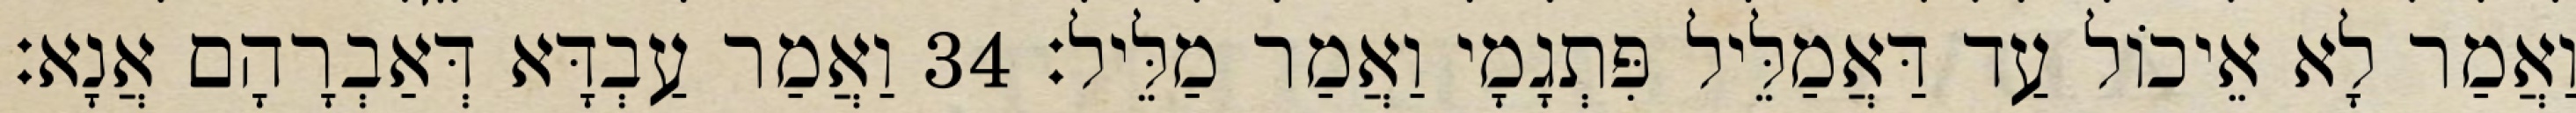
וַאֲמַר לָא אֵיכוֹל עַד דַּאֲמַלֵּיל פִּתְגָמָי וַאֲמַר מַלֵּיל׃ 34 וַאֲמַר עַבְדָּא דְּאַבְרָהָם אֲנָא׃